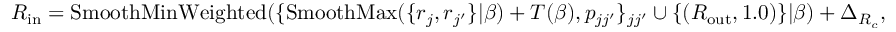
\! \! \! \! \! \! \! \! \! \! \! \! \! \! \! \! \! \! \! \! \! \! \! \! \! \! { R _ { \mathrm { i n } } } = \operatorname { S m o o t h M i n W e i g h t e d } ( \{ \operatorname { S m o o t h M a x } ( \{ r _ { j } , r _ { j ^ { \prime } } \} | \beta ) + T ( \beta ) , p _ { j j ^ { \prime } } \} _ { j j ^ { \prime } } \cup \{ ( { R _ { \mathrm { o u t } } } , 1 . 0 ) \} | \beta ) + \Delta _ { R _ { c } } \mathrm { , }